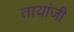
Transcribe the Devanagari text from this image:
तायांजी